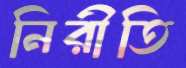
নিরীতি